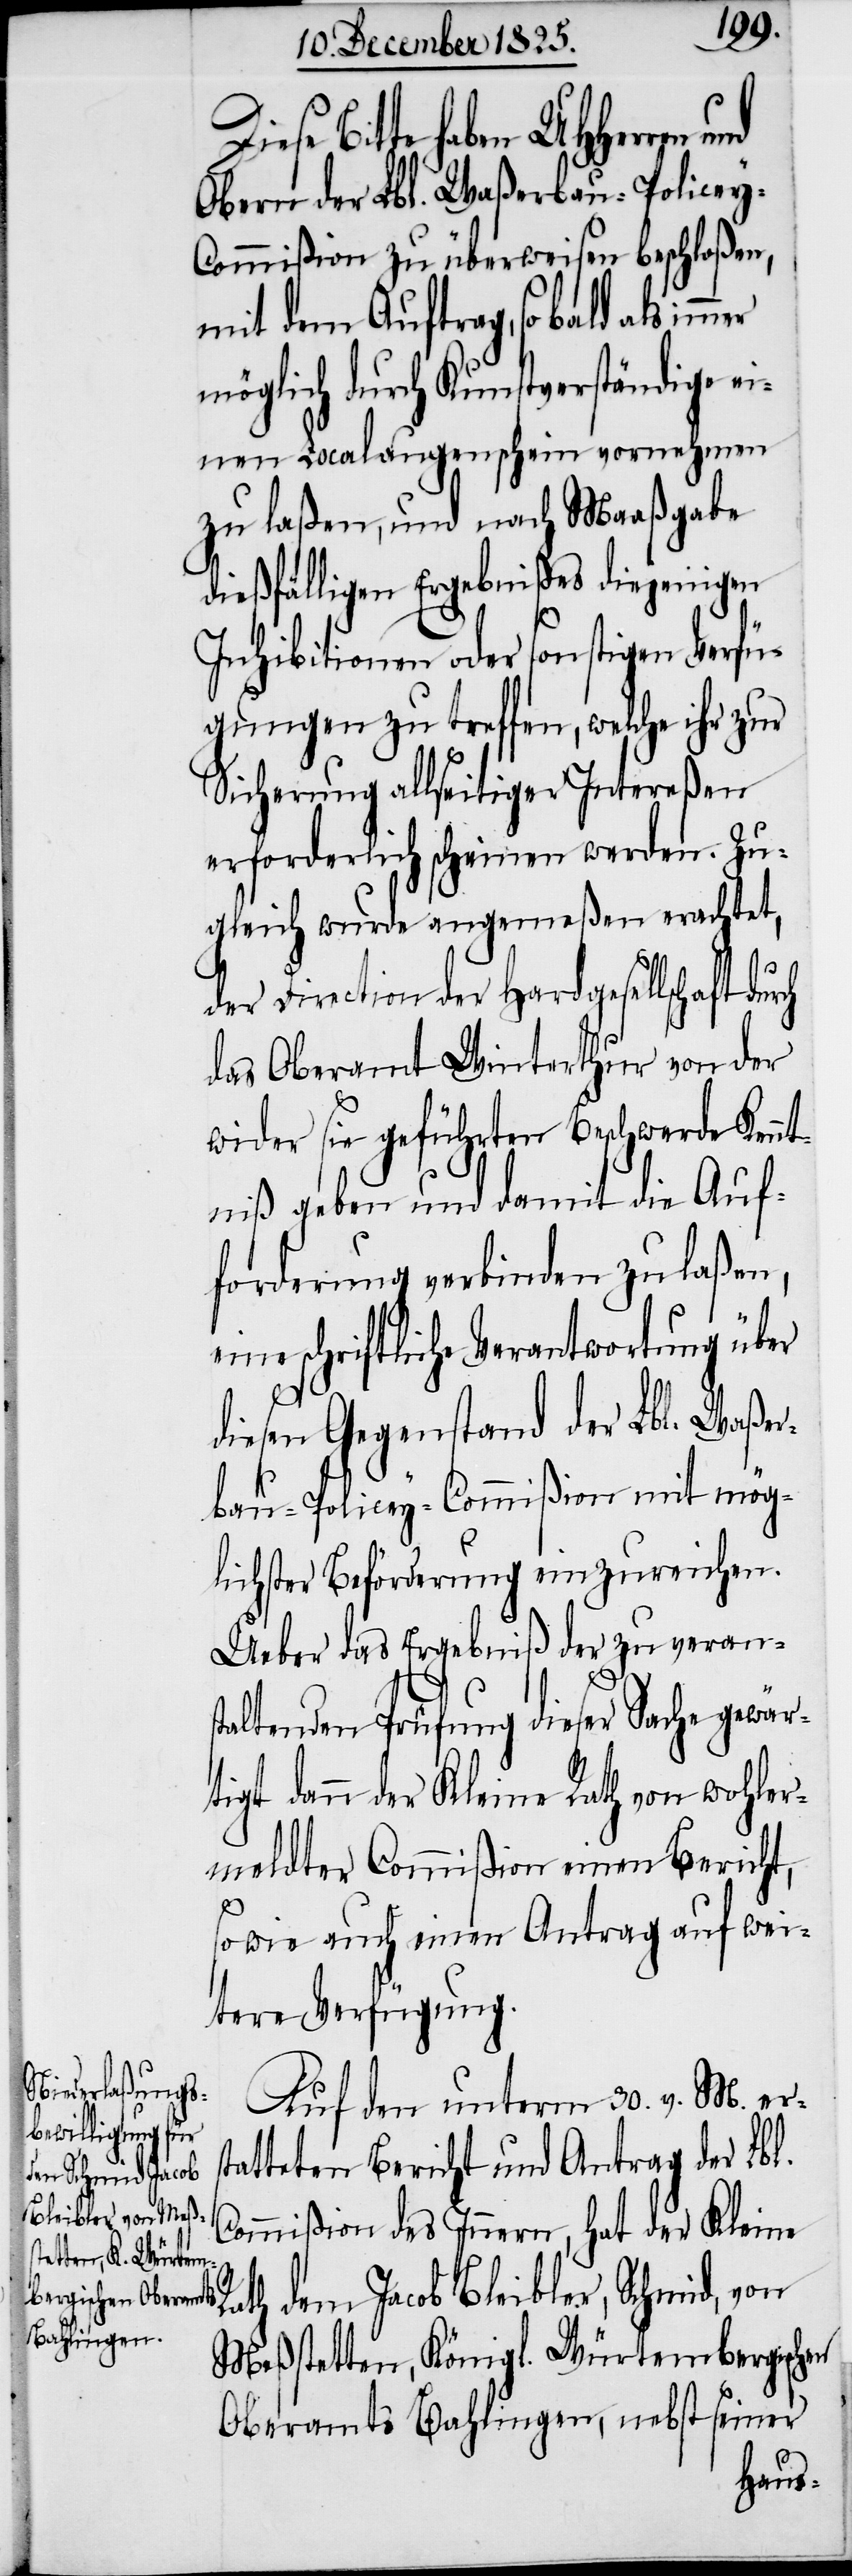
iese Bitte haben UHHerren
Obern der Lbl. Waßerbau-Police¬
ommißion zu überweisen beschloßen,
mit dem Auftrag, so bald als im¬
möglich durch Kunstverständige ei¬
nen Localaugenschein vernehmen
zu laßen, und nach Maaßgabe
dießfälligen Ergebnißes diejenigen
Inhibitionen oder sonstigen Verfü¬
gungen zu treffen, welche ihr zur
Sicherung allseitiger Intereßen
erforderlich scheinen werden. Zu¬
gleich wurde angemeßen erachtet,
der Direction der Hardgesellschaft
das Oberamt Winterthur von der
wider sie geführten Beschwerde Kenn¬
tniß geben und damit die Auf¬
forderung verbinden zu laßen,
eine schriftliche Verantwortung über
R¬
diesen Gegenstand der Lbl. Waßer¬
bau-Policey-Commißion mit mög¬
lichster Beförderung einzureichen.
Ueber das Ergebniß der zu veran¬
altenden Prüfung dieser Sache gew¬
tigt dann der Kleine Rath von wohler¬
meldter Commißion einen Bericht,
sowie auch einen Antrag auf wei¬
tere Verfügung.
Auf den unterm 30. v. M. ers¬
tatteten Bericht und Antrag der Lbl.
Commißion des Innern, hat der Kleine
ath dem Jacob Bleibler, Schmid, von
Meßstetten, Königl. Würtembergischen
Oberamts Bahlingen, nebst seiner